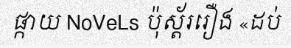
ផ្កាយ NoVeLs ប៉ុស្ត័ររឿង «ដប់